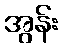
အွန်း